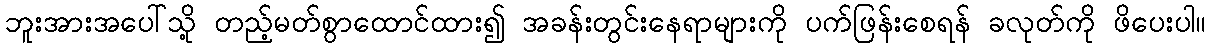
ဘူးအားအပေါ်သို့ တည့်မတ်စွာထောင်ထား၍ အခန်းတွင်းနေရာများကို ပက်ဖြန်းစေရန် ခလုတ်ကို ဖိပေးပါ။